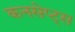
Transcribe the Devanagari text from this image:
कनसेप्ट्स